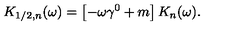
K _ { 1 / 2 , n } ( \omega ) = \left[ - \omega \gamma ^ { 0 } + m \right] K _ { n } ( \omega ) .